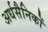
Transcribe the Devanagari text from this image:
अर्धसैनिकों